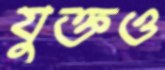
যুক্তও